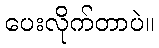
ပေးလိုက်တာပဲ။